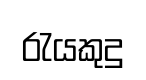
රැයකුදු